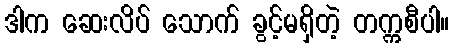
ဒါက ဆေးလိပ် သောက် ခွင့်မရှိတဲ့ တက္ကစီပါ။